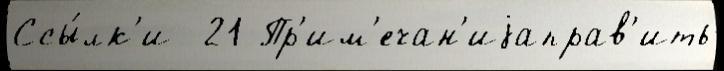
Ссы́лк'и  21 Пр'им'ечан'иjаправ'ить